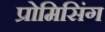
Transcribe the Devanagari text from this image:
प्रोमिसिंग